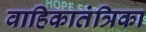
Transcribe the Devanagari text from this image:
वाहिकातंत्रिका